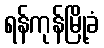
ရန်ကုန်မြို့ခံ